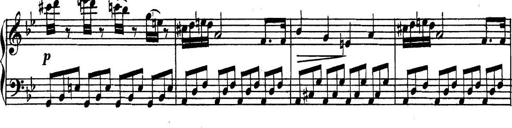
Title: Collected Piano Sonatas
Composer: Muzio Clementi